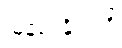
မြန်မာနိုင်ငံရှိ